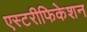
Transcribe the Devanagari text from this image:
एस्टरीफिकेशन